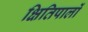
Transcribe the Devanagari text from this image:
क्षितिपालों